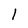
Character: l